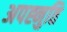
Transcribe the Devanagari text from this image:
अपह्नुति